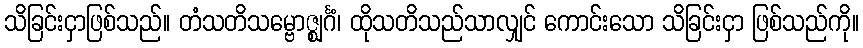
သိခြင်းငှာဖြစ်သည်။ တံသတိသမ္ဗောဇ္ဈင်္ဂံ၊ ထိုသတိသည်သာလျှင် ကောင်းသော သိခြင်းငှာ ဖြစ်သည်ကို။